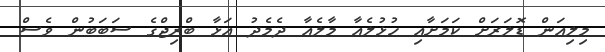
މިލިއަން ޑޮލަރަށް ކަމަށާއި ހުޅުލެއާ މާލެއާ ދެމެދު އަޅާ ބްރިޖްގެ ސަބަބުން ވެސް